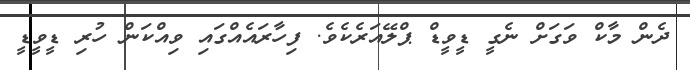
ދެން މާކް ވަގަށް ނެގީ ޑީވީޑް ޕްލޭއަރެކެވެ. ފިހާރައެއްގައި ވިއްކަން ހުރި ޑީވީޑީ